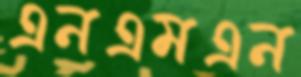
এনএমএন